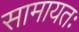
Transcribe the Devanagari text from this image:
सामायतः